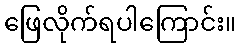
ဖြေလိုက်ရပါကြောင်း။